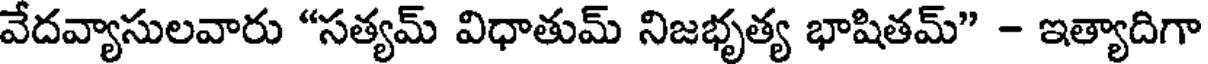
వేదవ్యాసులవారు "సత్యమ్ విధాతుమ్ నిజభృత్య భాషితమ్" - ఇత్యాదిగా